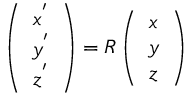
\left( \begin{array} { c } { { { x } } ^ { { ' } } } \\ { { { y } } ^ { { ' } } } \\ { { { z } } ^ { { ' } } } \end{array} \right) = R \left( \begin{array} { c } { { x } } \\ { { y } } \\ { { z } } \end{array} \right)